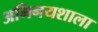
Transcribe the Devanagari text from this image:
अभिनयशाला